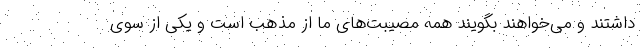
داشتند و می‌خواهند بگویند همه مصیبت‌های ما از مذهب است و یکی از سوی